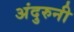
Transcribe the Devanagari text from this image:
अंदुरुनी